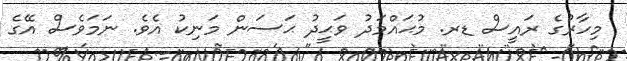
މިހާރުގެ ރައީސް ޑރ. މުޙައްމަދު ވަޙީދު ޙަސަން މަނިކު އެވެ. ނަމަވެސް އޭގެ